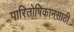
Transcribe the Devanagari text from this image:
पारितोषिकानसाठी